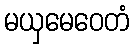
မယှမေဝေတံ